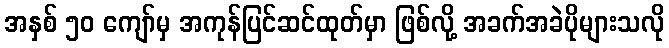
အနှစ် ၅၀ ကျော်မှ အကုန်ပြင်ဆင်ထုတ်မှာ ဖြစ်လို့ အခက်အခဲပိုများသလို